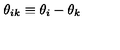
\theta _ { i k } \equiv \theta _ { i } - \theta _ { k }